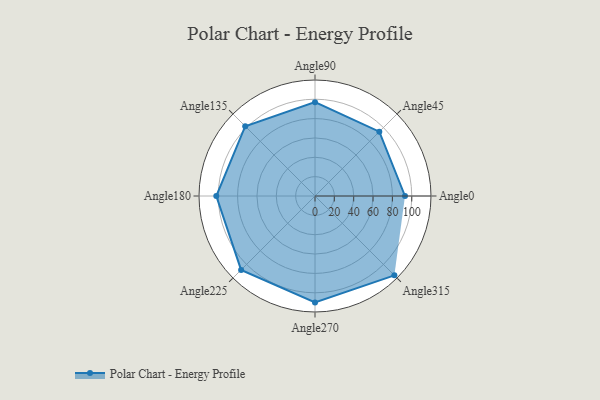
{"axis": {"x": "Angle", "y": "Radius"}, "legend": [""], "data": [{"x": "Angle0", "y": 93.0, "type": ""}, {"x": "Angle45", "y": 94.0, "type": ""}, {"x": "Angle90", "y": 97.0, "type": ""}, {"x": "Angle135", "y": 102.0, "type": ""}, {"x": "Angle180", "y": 102.0, "type": ""}, {"x": "Angle225", "y": 108.0, "type": ""}, {"x": "Angle270", "y": 110.0, "type": ""}, {"x": "Angle315", "y": 116.0, "type": ""}]}